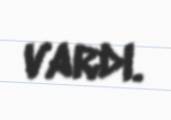
vardı.